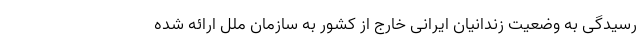
رسیدگی به وضعیت زندانیان ایرانی خارج از کشور به سازمان ملل ارائه شده